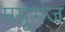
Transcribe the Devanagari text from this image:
मयूभंज